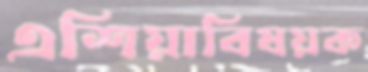
এশিয়াবিষয়ক